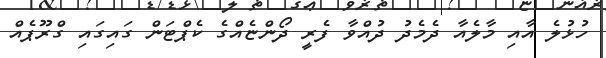
ހުޅުލެ އާއި މާލެއާ ދެމެދު ދުއްވާ ފެރީ ދޯންޏެއްގެ ކެޕްޓަން ގައިގައި ގްރޫޕެއް